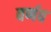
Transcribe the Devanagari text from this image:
वर्णव